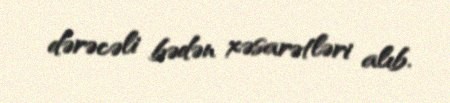
dərəcəli bədən xəsarətləri alıb.